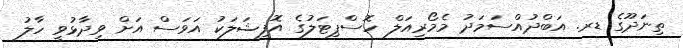
ތިނަދޫގެ ޑރ. އަބްދުއްސަމަދު މެމޯރިއަލް ހޮސްޕިޓަލުގެ އޮފިޝަލަކު އަވަސް އަށް ވިދާޅުވީ ހާލު